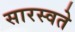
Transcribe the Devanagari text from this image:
सारस्वते